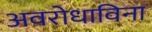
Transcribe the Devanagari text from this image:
अवरोधाविना